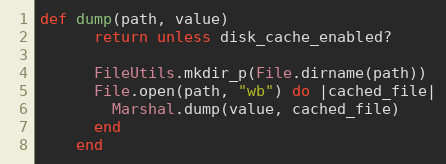
Language: Ruby
def dump(path, value)
      return unless disk_cache_enabled?

      FileUtils.mkdir_p(File.dirname(path))
      File.open(path, "wb") do |cached_file|
        Marshal.dump(value, cached_file)
      end
    end